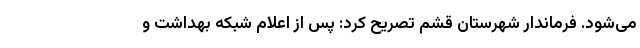
می‌شود. فرماندار شهرستان قشم تصریح کرد: پس از اعلام شبکه بهداشت و